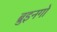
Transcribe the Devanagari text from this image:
ब्रुइनगो